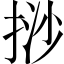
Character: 挱